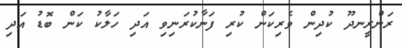
ރަންރީނދޫ ކުދިން ވެރިކަން ކުރި ފަނާކުރަނިވި އަދި ހަލާކު ކަން ބޮޑު އަދި